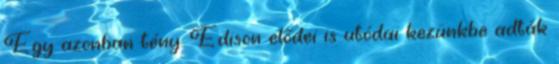
Egy azonban tény. Edison elődei is utódai kezünkbe adták